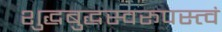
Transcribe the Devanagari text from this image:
शुद्धबुद्धस्वरूपस्त्वं